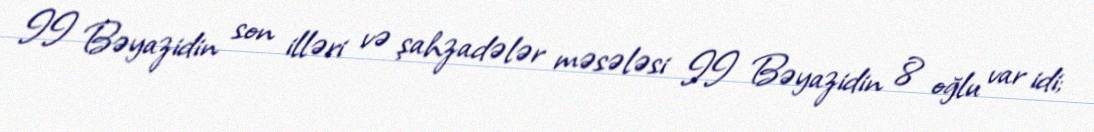
II Bəyazidin son illəri və şahzadələr məsələsi II Bəyazidin 8 oğlu var idi;